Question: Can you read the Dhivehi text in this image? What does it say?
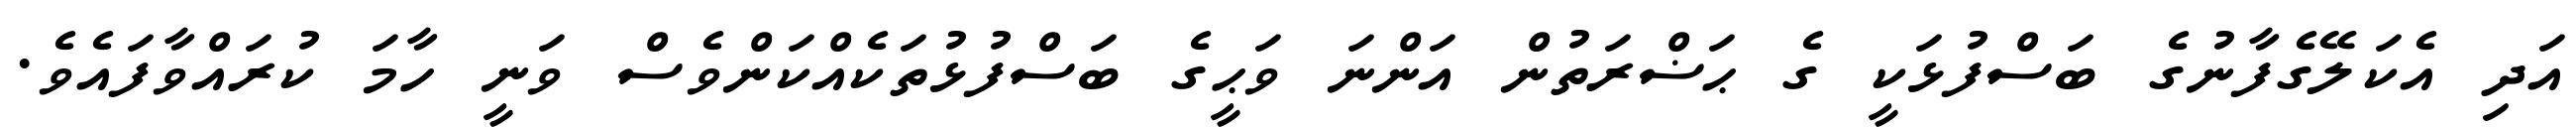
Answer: އަދި އެކަލޭގެފާނުގެ ބަސްފުޅަކީ ގެ ޙަޟްރަތުން އަންނަ ވަޙީގެ ބަސްފުޅުތަކެއްކަންވެސް ވަނީ ހާމަ ކުރައްވާފައެވެ.